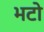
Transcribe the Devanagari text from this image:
भटो